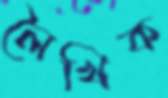
লৈখিক